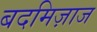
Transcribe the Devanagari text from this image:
बदमिज़ाज